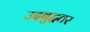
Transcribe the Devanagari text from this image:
उदबुद्धतर